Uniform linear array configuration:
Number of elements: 8
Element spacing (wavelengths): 0.25
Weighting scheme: binomial
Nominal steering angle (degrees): -15
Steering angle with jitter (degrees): -13.131
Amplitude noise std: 0.05
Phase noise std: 0.05

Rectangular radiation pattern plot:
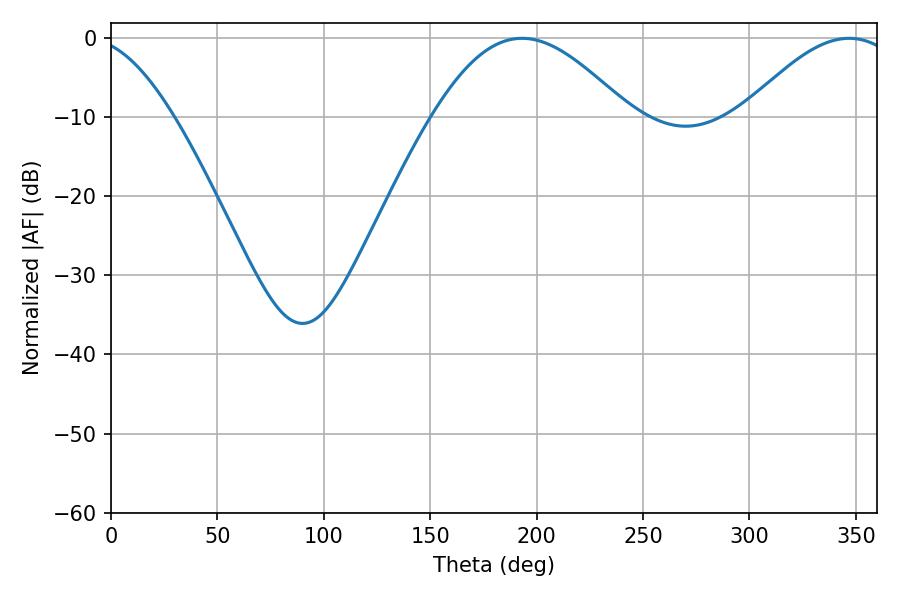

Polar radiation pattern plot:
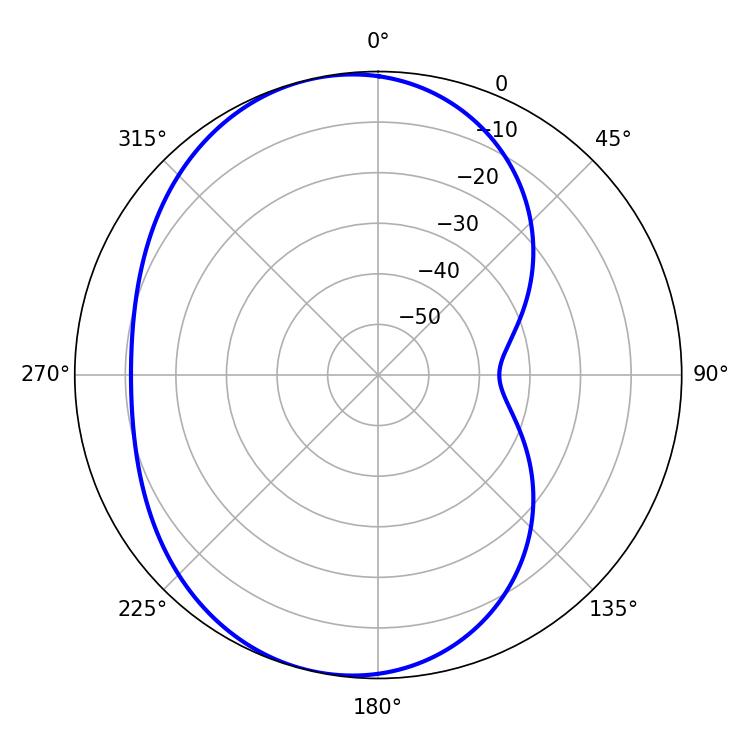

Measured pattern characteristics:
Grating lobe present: FALSE
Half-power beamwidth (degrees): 49.68
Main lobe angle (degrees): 193.14